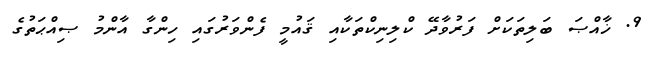
9. ޚާއްޞަ ބަލިތަކަށް ފަރުވާދޭ ކްލިނިކްތަކާއި ޤައުމީ ފެންވަރުގައި ހިންގާ އާންމު ޞިއްޙަތުގެ